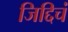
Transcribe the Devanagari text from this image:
जिद्दिचं